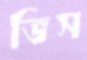
ভিস